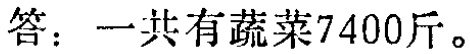
答：一共有蔬菜7400斤。